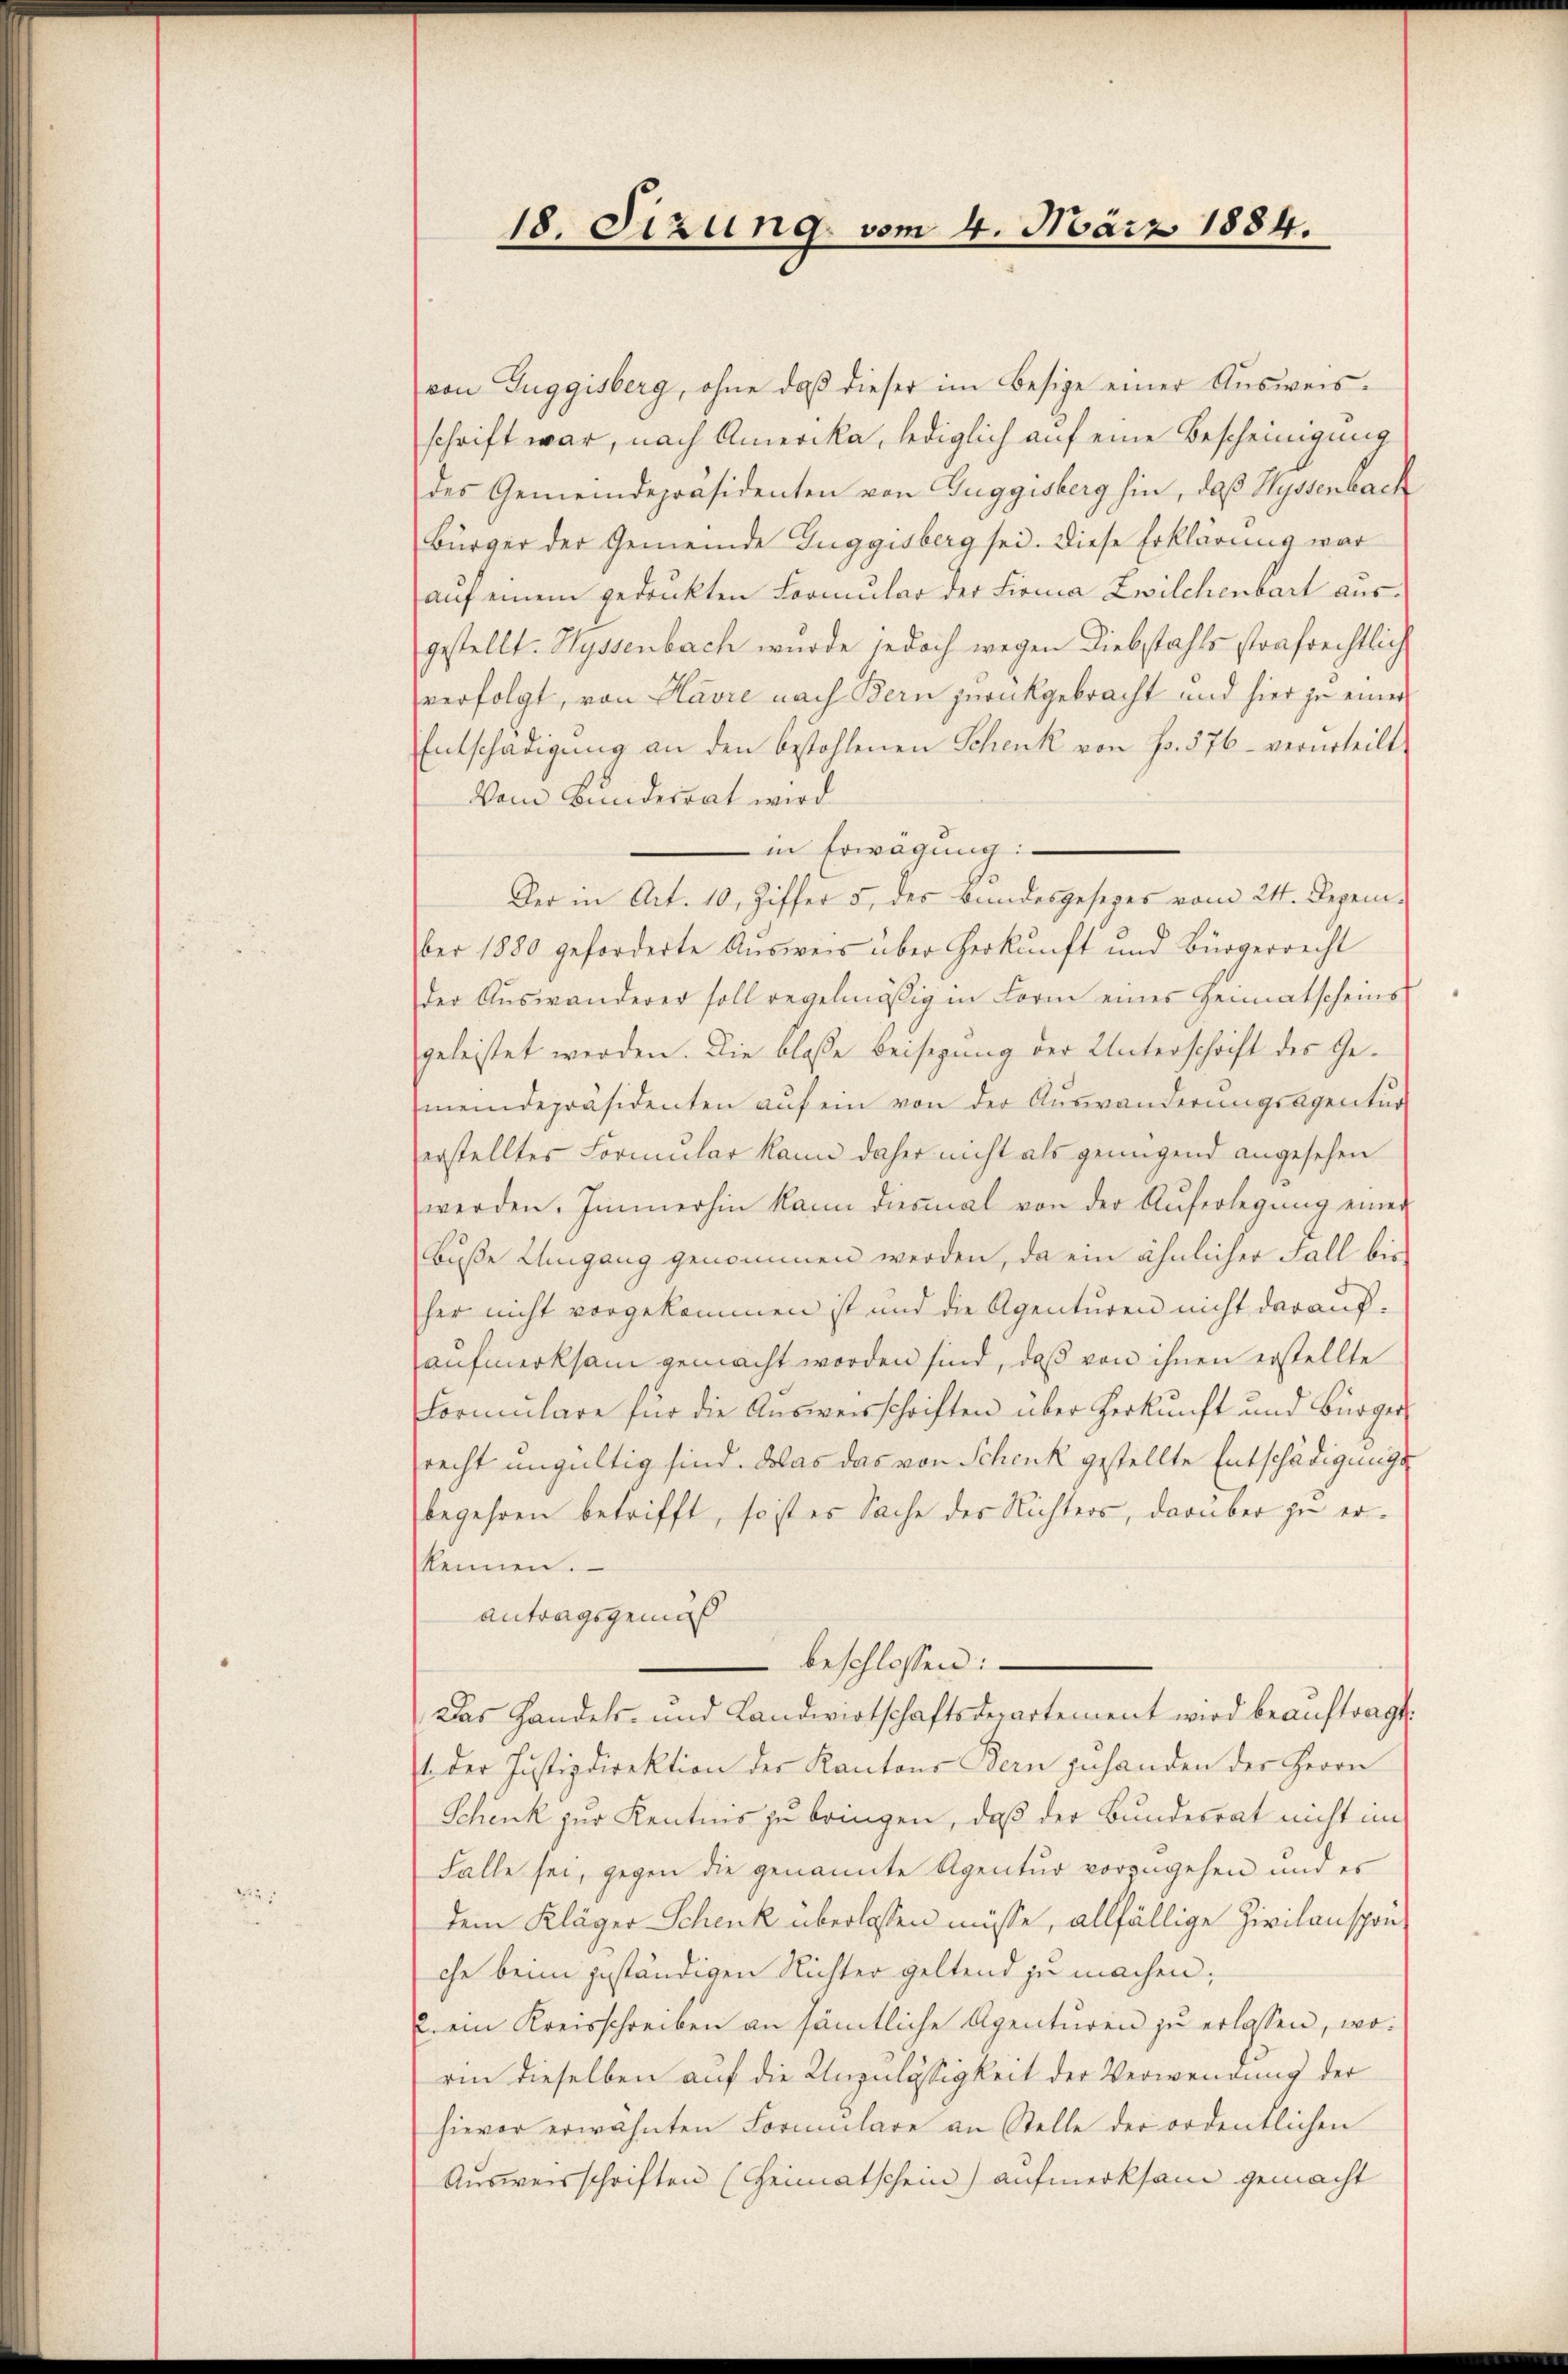
18. Sizung vom 4. März 1884.

von Guggisberg, ohne daß dieser im Besige einer Ausweisschrift war, nach Amerika, lediglich auf eine Bescheinigung
des Gemeindepräsidenten von Zuggisberg hin, daß Hyssenbach
Bürger der Gemeinde Guggisberg sei. Diese Erklärung war
aŭf einem gedruckten Formular der Firma Zwilchenbart aus-
gestellt. Hyssenbach wurde jedoch wegen Diebstahls strafrechtlich
verfolgt, von Havre nach Bern zurückgebracht und hier zu einer
Entschädigŭng an den bestohlenen Schenk von Fr. 576 - verurteilt
Vom Bundesrat wird
in Erwägung:
Der in Art. 10, Ziffer 5. des Bundesgesezes vom 24. Dezem-
ber 1880 geforderte Aŭsweis über Herkunft und Bürgerrecht
der Auswanderer soll regelmäßig in Form eines Heimatscheins
geleistet werden. Die bloße Beisegung der Unterschrift des Gemeindepräsidenten aŭf ein von der Auswanderungsagentur
erstelltes Formular kann daher nicht als genügend angesehen
werden. Immerhin kann diesmal von der Aŭferlegŭng einer
Buße Umgang genommen werden, da ein ähnlicher Fall bis
her nicht vorgekommen ist und die Agenturen nicht darauf.
aufmerksam gemacht worden sind, daß von ihnen erstellte
Formulare für die Ausweisschriften über Herkunft und Bürger
recht ungültig sind. Das das von Schenk gestellte Entschädigungsbegehren betrifft, so ist es Sache der Nichters, darüber zu erkennen.
antragsgemäß
beschlossen:
Das Handels- und Landwirtschaftsdepartement wird beaŭftragt.
 der Justizdirektion der Kantons Bern zŭ handen der Herrn
Schenk zur Kentnis zu bringen, daß der Bundesrat nicht im
Falle sei, gegen die genannte Agentur vorzugehen und es
dem Kläger Schenk überlassen müsse, allfällige Zivilansprüche beim geständigen Richter geltend zu machen;
2 ein Kreisschreiben an sämtliche Agenturen zŭ erlassen, worin dieselben auf die Unzulässigkeit der Verwendung der
hievor erwähnten Formulare an Stelle der ordentlichen
Ausweisschriften (Heimatschein) aufmerksam gemacht